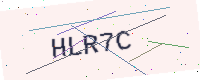
Text: HLR7C